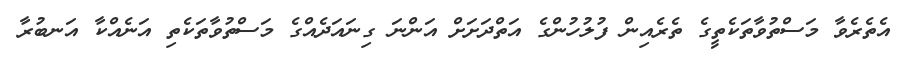
އެތެރެވާ މަސްތުވާތަކެތީގެ ތެރެއިން ފުލުހުންގެ އަތްދަށަށް އަންނަ ގިނައަދެއްގެ މަސްތުވާތަކެތި އަނެއްކާ އަނބުރާ